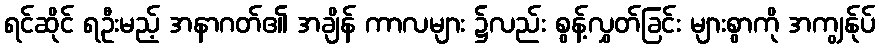
ရင်ဆိုင် ရဦးမည့် အနာဂတ်၏ အချိန် ကာလများ ၌လည်း စွန့်လွှတ်ခြင်း များစွာကို အကျွန်ုပ်